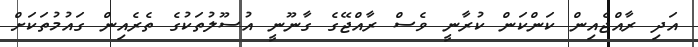
އަދި ރާއްޖެއިން ކަންކަން ކުރާނީ ވެސް ރާއްޖޭގެ ގާނޫނީ އުސޫލުތަކުގެ ތެރެއިން ގައުމުތަކަށް